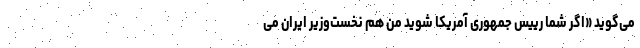
می‌گوید «اگر شما رییس جمهوری آمریکا شوید من هم نخست‌وزیر ایران می